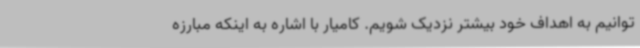
توانیم به اهداف خود بیشتر نزدیک شویم. کامیار با اشاره به اینکه مبارزه